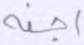
أجنة